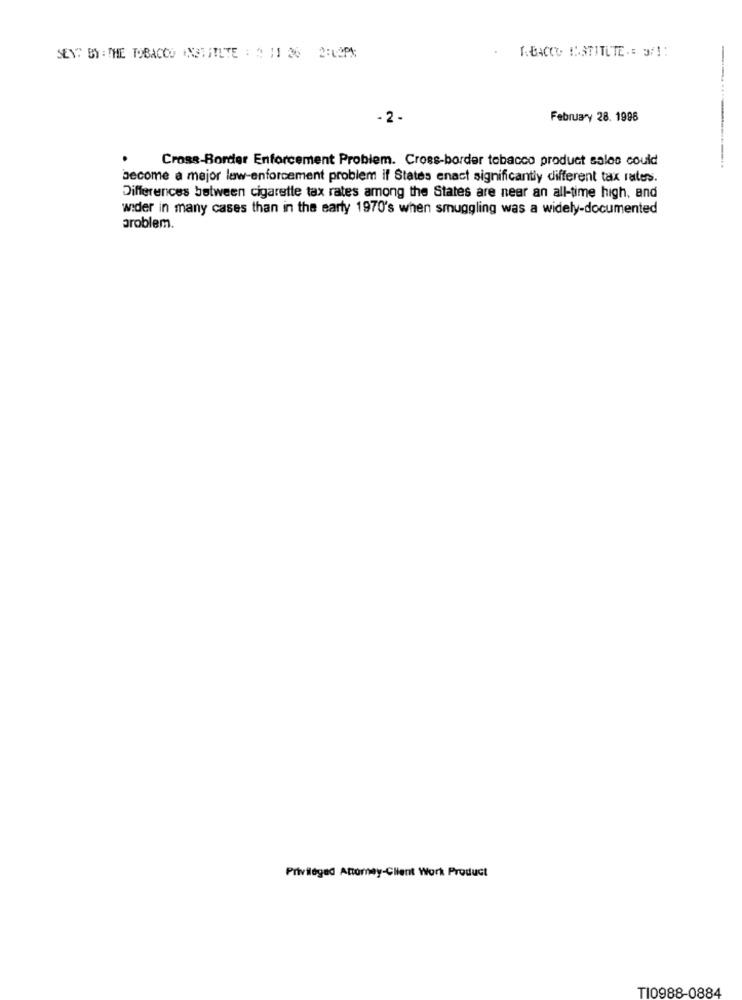
TABACCO INSTITUTE .: 3/ !!
SENT BY : THE TOBACCO INSTITUTE : 3 11 20 2:02PM
-2 -
February 28. 1996
Cross-Border Enforcement Problem. Cross-border tobacco product sales could
become a major law-enforcement problem if States enact significantly different tax rates.
Differences between cigarette tax rates among the States are near an all-time high, and
wider in many cases than in the early 1970's when smuggling was a widely-documented
problem.
Privileged Attorney-Client Work Product
TI0988-0884